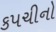
કપચીનો